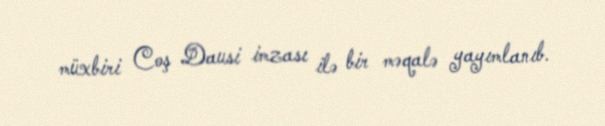
müxbiri Coş Dausi imzası ilə bir məqalə yayımlanıb.